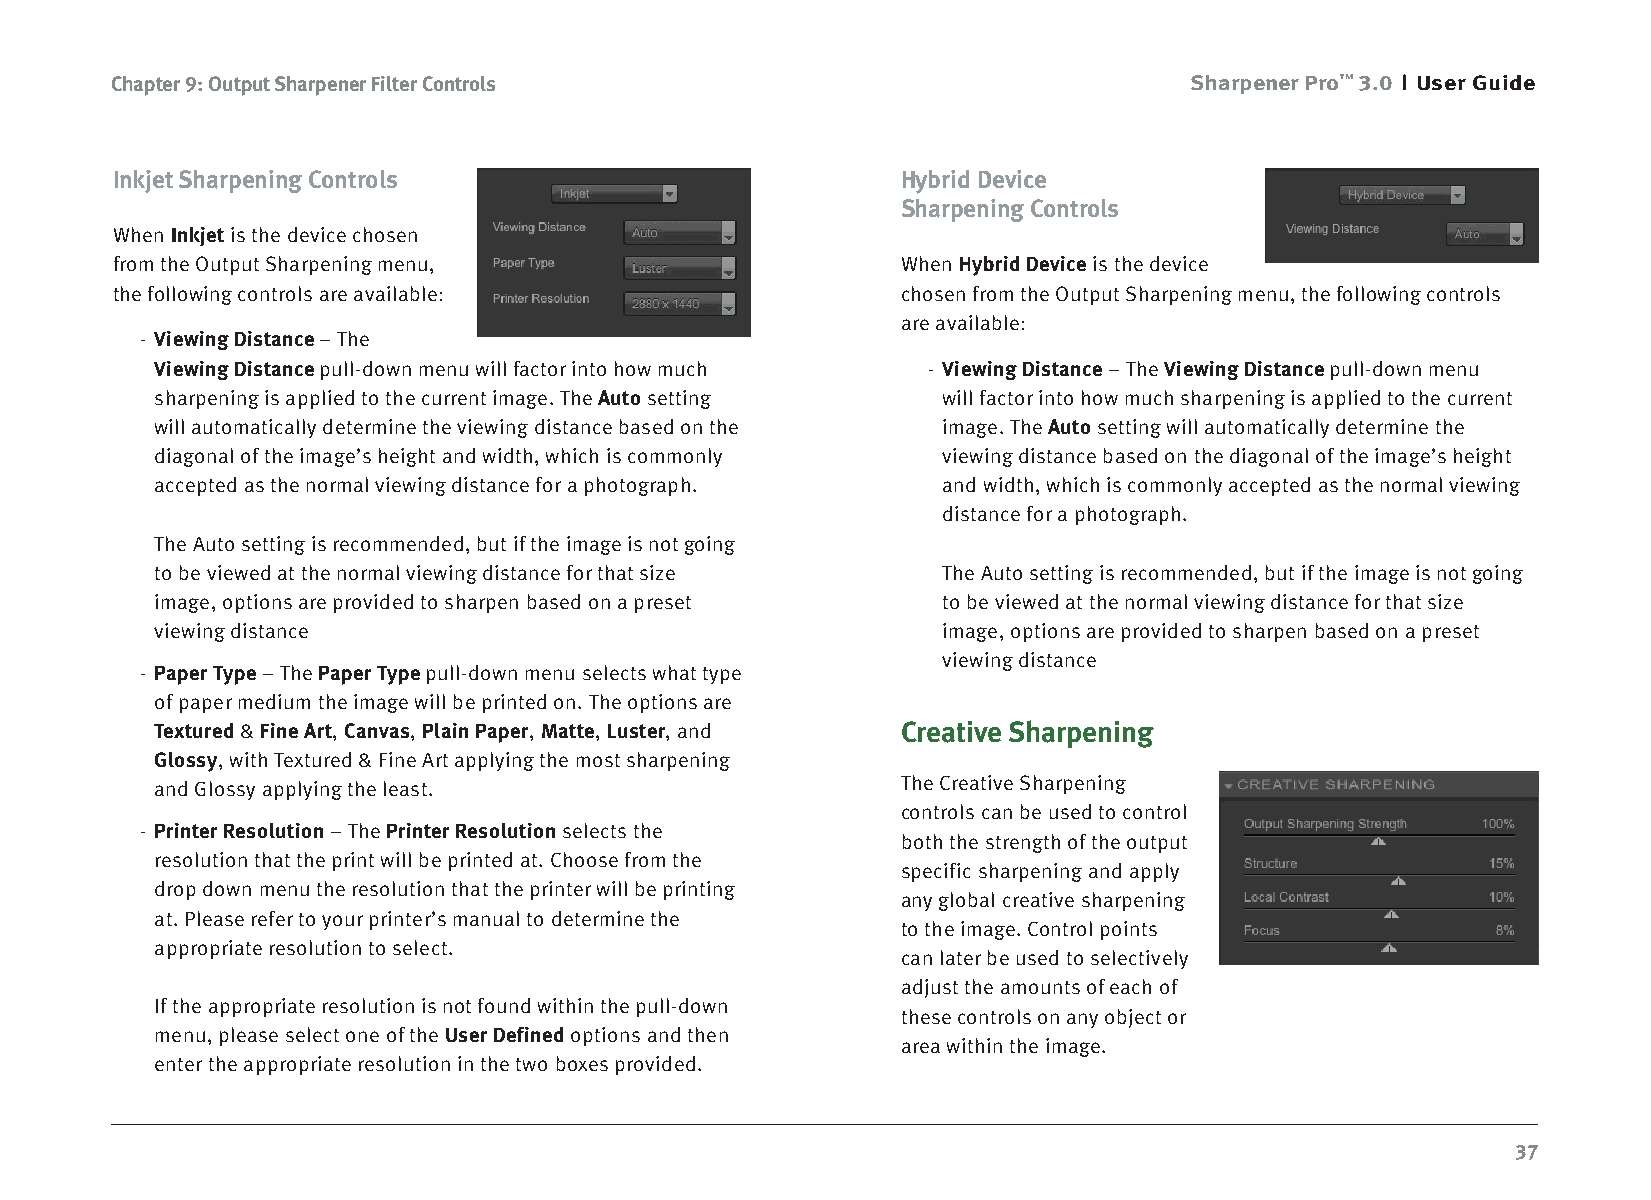
Chapter 9: Output Sharpener Filter Controls                             Sharpener Pro™ 3.0 User Guide
 Inkjet Sharpening Controls                           Hybrid Device
 Sharpening Controls
 When Inkjet is the device chosen
 from the Output Sharpening menu,                     When Hybrid Device is the device
 the following controls are available:                chosen from the Output Sharpening menu, the following controls
 are available:
 - Viewing Distance – The
 Viewing Distance pull-down menu will factor into how much - Viewing Distance – The Viewing Distance pull-down menu
 sharpening is applied to the current image. The Auto setting will factor into how much sharpening is applied to the current
 will automatically determine the viewing distance based on the image. The Auto setting will automatically determine the
 diagonal of the image’s height and width, which is commonly viewing distance based on the diagonal of the image’s height
 accepted as the normal viewing distance for a photograph. and width, which is commonly accepted as the normal viewing
 distance for a photograph.
 The Auto setting is recommended, but if the image is not going
 to be viewed at the normal viewing distance for that size The Auto setting is recommended, but if the image is not going
 image, options are provided to sharpen based on a preset to be viewed at the normal viewing distance for that size
 viewing distance                                    image, options are provided to sharpen based on a preset
 viewing distance
 - Paper Type – The Paper Type pull-down menu selects what type
 of paper medium the image will be printed on. The options are
 Textured & Fine Art, Canvas, Plain Paper, Matte, Luster, and Creative Sharpening
 Glossy, with Textured & Fine Art applying the most sharpening
 and Glossy applying the least.                    The Creative Sharpening
 controls can be used to control
 - Printer Resolution – The Printer Resolution selects the
 both the strength of the output
 resolution that the print will be printed at. Choose from the
 specific sharpening and apply
 drop down menu the resolution that the printer will be printing
 any global creative sharpening
 at. Please refer to your printer’s manual to determine the
 to the image. Control points
 appropriate resolution to select.
 can later be used to selectively
 adjust the amounts of each of
 If the appropriate resolution is not found within the pull-down
 these controls on any object or
 menu, please select one of the User Defined options and then
 area within the image.
 enter the appropriate resolution in the two boxes provided.
 37